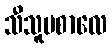
သီသူပစာလေ